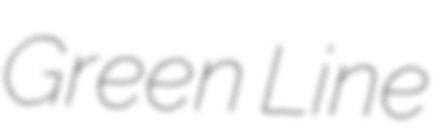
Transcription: Green Line